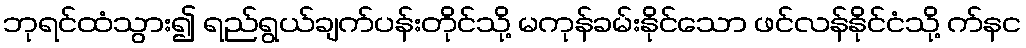
ဘုရင်ထံသွား၍ ရည်ရွယ်ချက်ပန်းတိုင်သို့ မကုန်ခမ်းနိုင်သော ဖင်လန်နိုင်ငံသို့ က်နင